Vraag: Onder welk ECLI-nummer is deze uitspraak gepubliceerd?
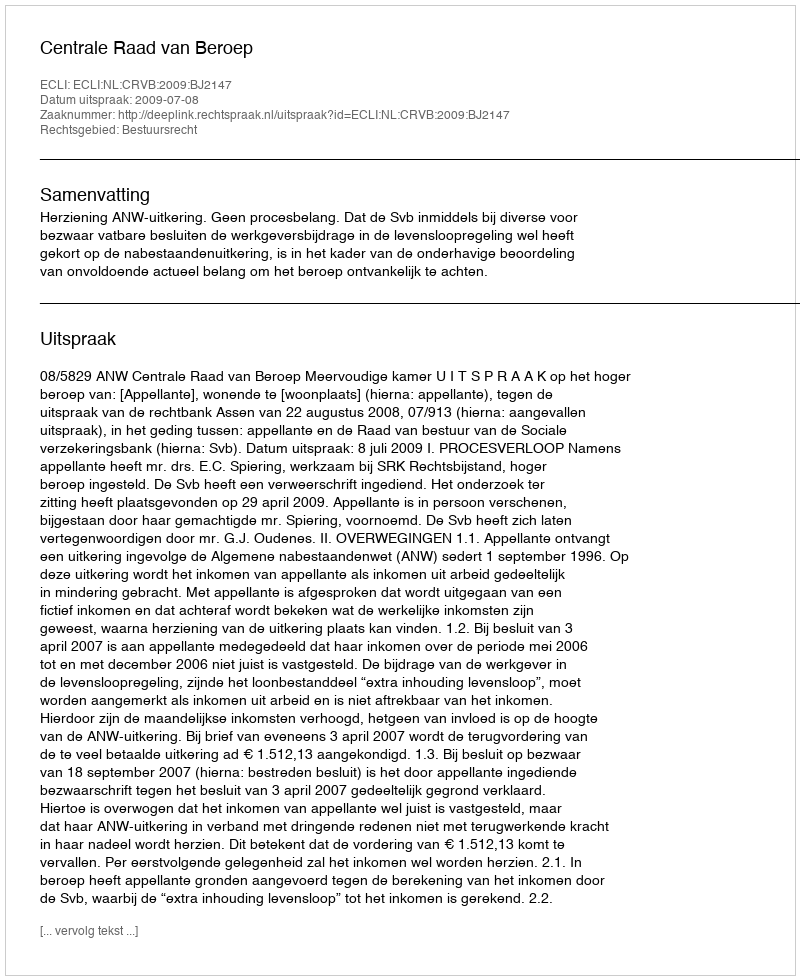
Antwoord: ECLI:NL:CRVB:2009:BJ2147